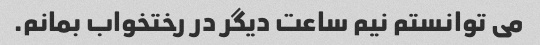
می توانستم نیم ساعت دیگر در رختخواب بمانم.